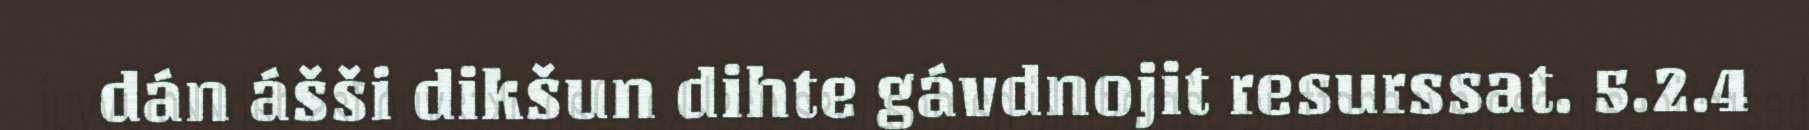
dán ášši dikšun dihte gávdnojit resurssat. 5.2.4